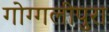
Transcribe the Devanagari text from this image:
गोग्गलीपुरा